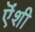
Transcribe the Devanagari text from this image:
ऎंशी